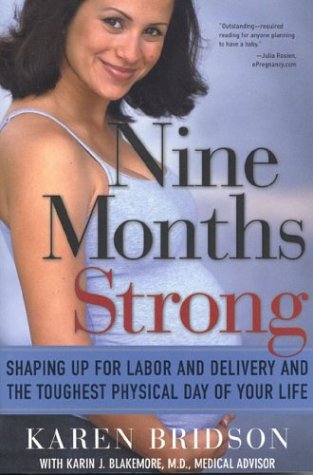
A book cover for Nine Months Strong: Shaping Up for Labor and Delivery and the Toughest Physical Day of Your Life; Karen Bridson; Health, Fitness & Dieting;